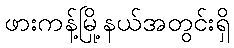
ဖားကန့်မြို့နယ်အတွင်းရှိ